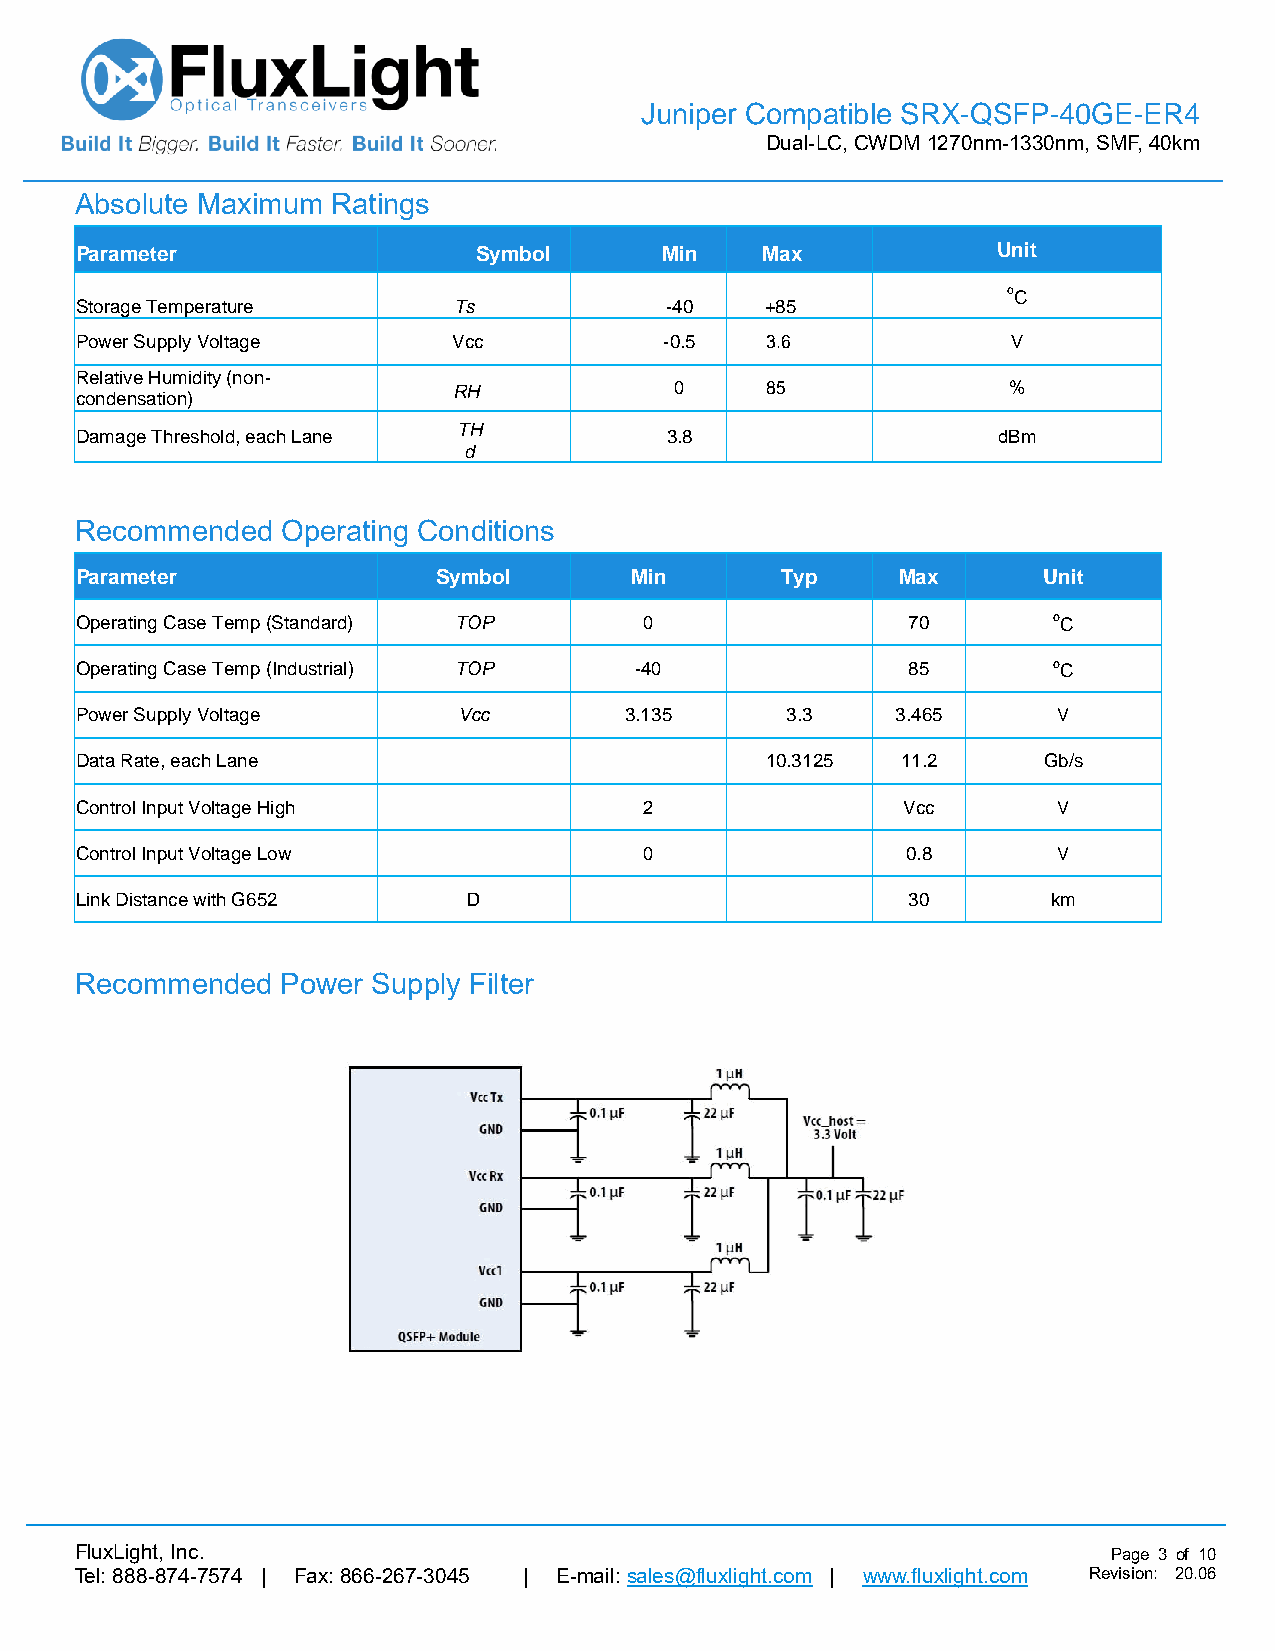
Juniper Compatible SRX-QSFP-40GE-ER4
 Dual-LC, CWDM 1270nm-1330nm, SMF, 40km
 Absolute Maximum Ratings
 Parameter                 Symbol       Min   Max             Unit
 oC
 Storage Temperature      Ts            -40    +85
 Power Supply Voltage     Vcc           -0.5   3.6             V
 Relative Humidity (non-
 RH             0     85              %
 condensation)
 TH
 Damage Threshold, each Lane            3.8                   dBm
 d
 Recommended   Operating Conditions
 Parameter               Symbol       Min       Typ    Max       Unit
 Operating Case Temp (Standard) TOP    0                70        oC
 Operating Case Temp (Industrial) TOP -40               85        oC
 Power Supply Voltage     Vcc        3.135      3.3    3.465      V
 Data Rate, each Lane                          10.3125  11.2     Gb/s
 Control Input Voltage High            2                Vcc       V
 Control Input Voltage Low             0                0.8       V
 Link Distance with G652   D                            30        km
 Recommended   Power Supply Filter
 FluxLight, Inc.                                                      Page 3 of 10
 Tel: 888-874-7574 | Fax: 866-267-3045 | E-mail: sales@fluxlight.com | www.fluxlight.com Revision: 20.06